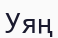
Уяң